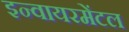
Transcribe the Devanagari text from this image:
इन्वायरमेंटल